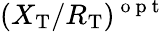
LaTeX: (X_{\mathrm{T}}/R_{\mathrm{T}})^{\mathrm{~o~p~t~}}